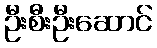
ဦးစီးဦးဆောင်